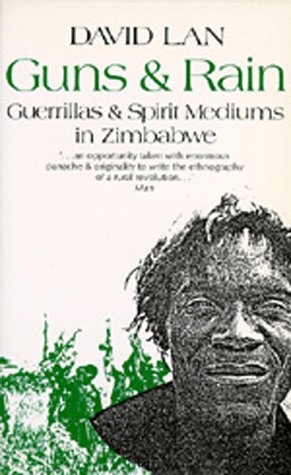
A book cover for Guns and Rain: Guerrillas & Spirit Mediums in Zimbabwe; David Lan; History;